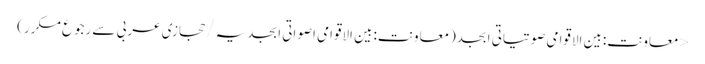
< معاونت:بین الاقوامی صوتیاتی ابجد(معاونت:بین الاقوامی اصواتی ابجدیہ/حجازی عربی سے رجوع مکرر)